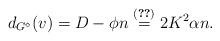
LaTeX: \begin{align*}d_{G^{\diamond}}(v) = D - \phi n \stackrel{(\ref{alpha})}{=} 2 K^2\alpha n.\end{align*}